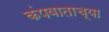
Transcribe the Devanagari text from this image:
कंपवाताच्या